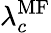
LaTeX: \lambda_{c}^{\mathrm{MF}}